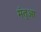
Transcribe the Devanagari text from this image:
मंतुआ